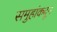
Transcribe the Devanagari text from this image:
समुहांकदून